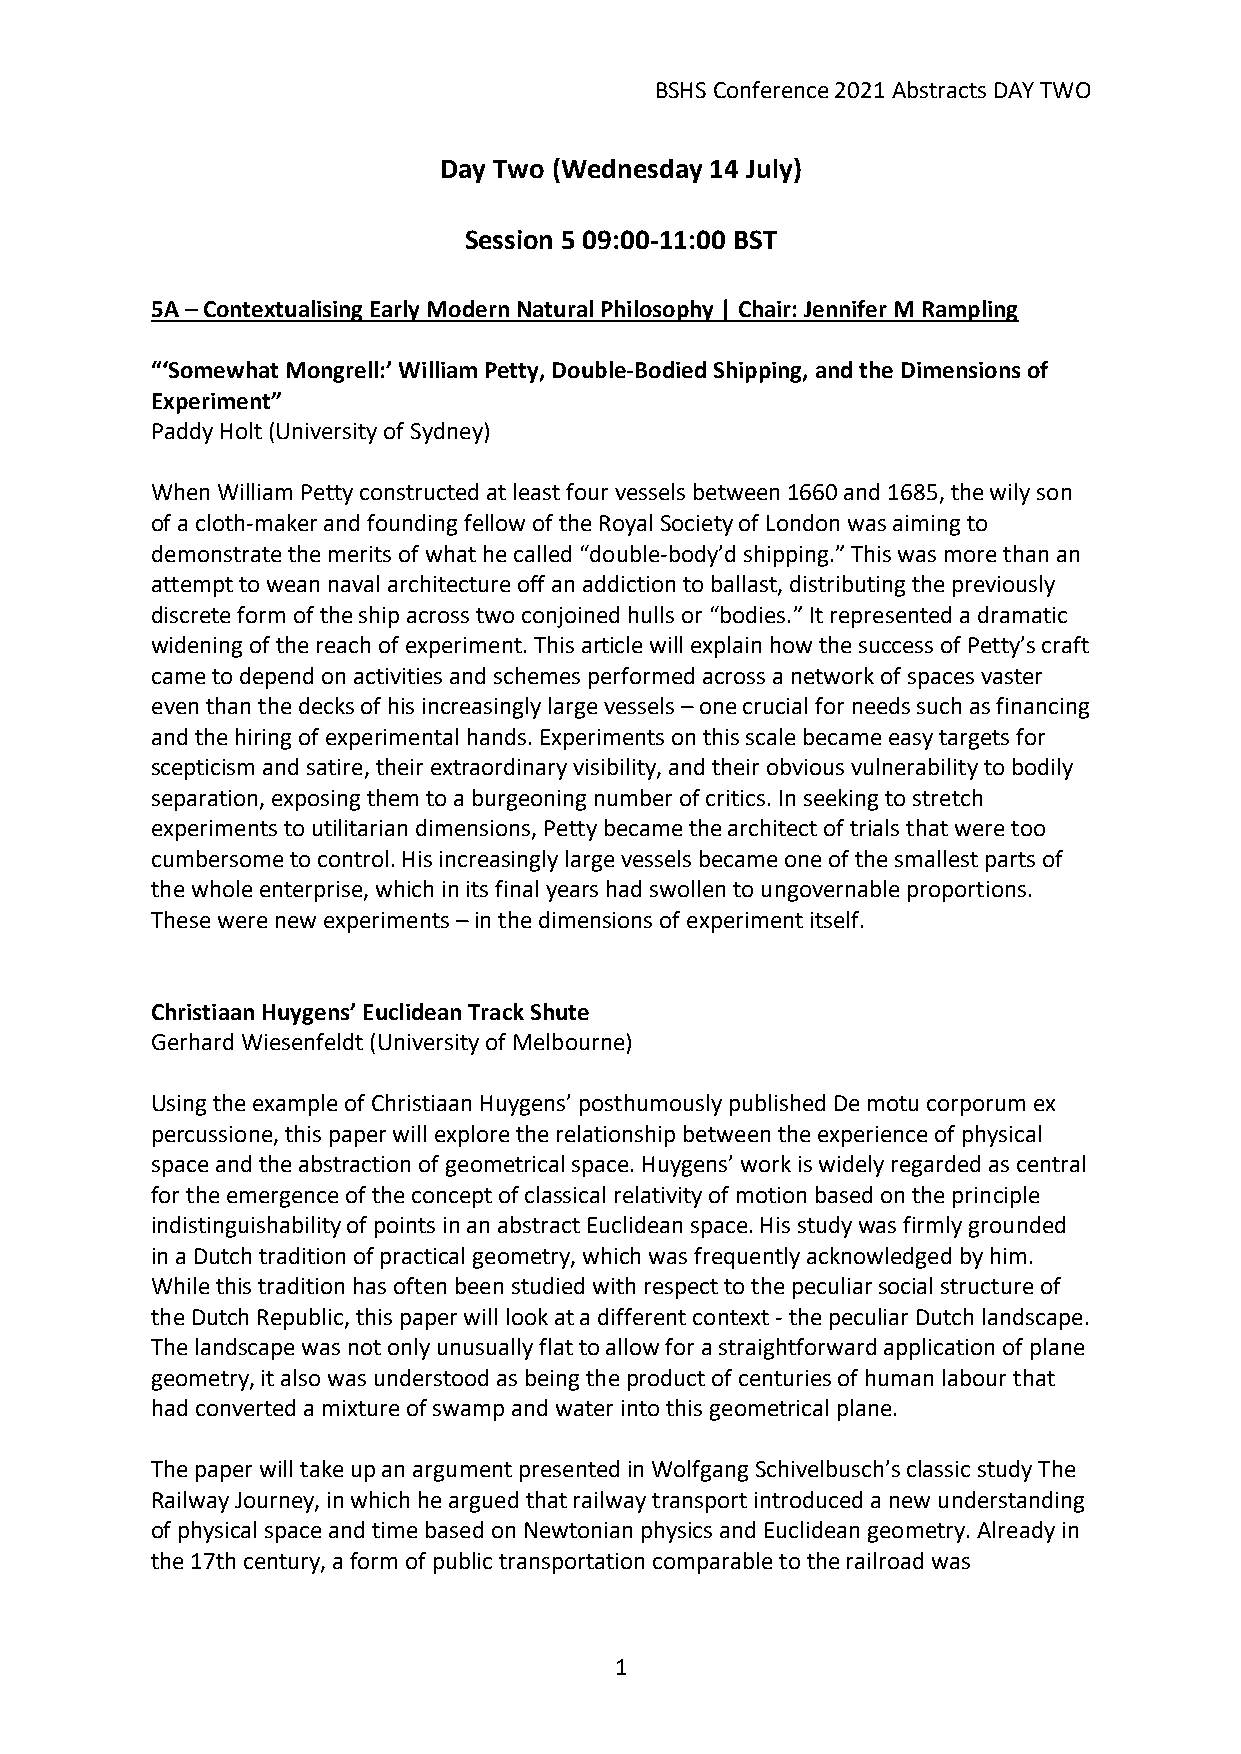
BSHS Conference 2021 Abstracts DAY TWO
 Day Two (Wednesday 14 July)
 Session 5 09:00-11:00 BST
 5A – Contextualising Early Modern Natural Philosophy | Chair: Jennifer M Rampling
 “‘Somewhat Mongrell:’ William Petty, Double-Bodied Shipping, and the Dimensions of
 Experiment”
 Paddy Holt (University of Sydney)
 When William Petty constructed at least four vessels between 1660 and 1685, the wily son
 of a cloth-maker and founding fellow of the Royal Society of London was aiming to
 demonstrate the merits of what he called “double-body’d shipping.” This was more than an
 attempt to wean naval architecture off an addiction to ballast, distributing the previously
 discrete form of the ship across two conjoined hulls or “bodies.” It represented a dramatic
 widening of the reach of experiment. This article will explain how the success of Petty’s craft
 came to depend on activities and schemes performed across a network of spaces vaster
 even than the decks of his increasingly large vessels – one crucial for needs such as financing
 and the hiring of experimental hands. Experiments on this scale became easy targets for
 scepticism and satire, their extraordinary visibility, and their obvious vulnerability to bodily
 separation, exposing them to a burgeoning number of critics. In seeking to stretch
 experiments to utilitarian dimensions, Petty became the architect of trials that were too
 cumbersome to control. His increasingly large vessels became one of the smallest parts of
 the whole enterprise, which in its final years had swollen to ungovernable proportions.
 These were new experiments – in the dimensions of experiment itself.
 Christiaan Huygens’ Euclidean Track Shute
 Gerhard Wiesenfeldt (University of Melbourne)
 Using the example of Christiaan Huygens’ posthumously published De motu corporum ex
 percussione, this paper will explore the relationship between the experience of physical
 space and the abstraction of geometrical space. Huygens’ work is widely regarded as central
 for the emergence of the concept of classical relativity of motion based on the principle
 indistinguishability of points in an abstract Euclidean space. His study was firmly grounded
 in a Dutch tradition of practical geometry, which was frequently acknowledged by him.
 While this tradition has often been studied with respect to the peculiar social structure of
 the Dutch Republic, this paper will look at a different context - the peculiar Dutch landscape.
 The landscape was not only unusually flat to allow for a straightforward application of plane
 geometry, it also was understood as being the product of centuries of human labour that
 had converted a mixture of swamp and water into this geometrical plane.
 The paper will take up an argument presented in Wolfgang Schivelbusch’s classic study The
 Railway Journey, in which he argued that railway transport introduced a new understanding
 of physical space and time based on Newtonian physics and Euclidean geometry. Already in
 the 17th century, a form of public transportation comparable to the railroad was
 1